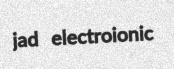
jad electroionic